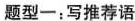
题型一：写推荐语